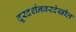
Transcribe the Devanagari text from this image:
दूरदर्शनवरदेखील